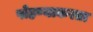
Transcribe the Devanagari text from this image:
पोहण्याकरता